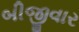
બીજીવાર